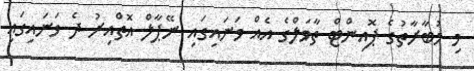
މި މުބާރާތުގެ ޕޮއިންޓް ތާވަލްގެ އެއް ވަނައިގައި ނޭޕާލް އޮތްއިރު ދެ ވަނައިގައި